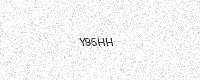
Text: Y95HH